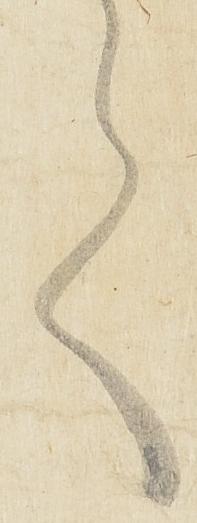
言